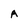
Character: A